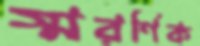
স্মরণিক